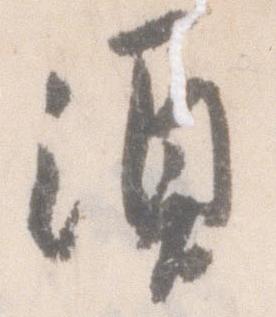
須